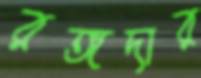
রঙ্গদার